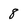
Character: 8